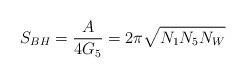
LaTeX: \begin{align*}S_{BH} = \frac{A}{4G_5} = 2\pi \sqrt{N_1N_5N_W}\end{align*}